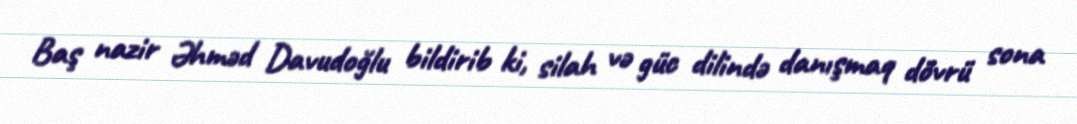
Baş nazir Əhməd Davudoğlu bildirib ki, silah və güc dilində danışmaq dövrü sona